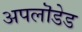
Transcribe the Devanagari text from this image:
अपलॊडेड